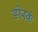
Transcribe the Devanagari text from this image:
डोस्कं